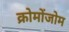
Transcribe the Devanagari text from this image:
क्रोमोंजोम